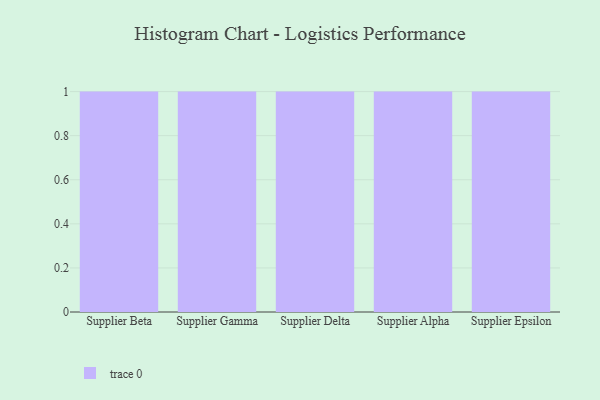
{"axis": {"x": "Supplier", "y": "Gross Profit (USD K)"}, "legend": [""], "data": [{"x": "Supplier Beta", "y": 50, "type": ""}, {"x": "Supplier Gamma", "y": 13, "type": ""}, {"x": "Supplier Delta", "y": 32, "type": ""}, {"x": "Supplier Alpha", "y": 14, "type": ""}, {"x": "Supplier Epsilon", "y": 36, "type": ""}]}